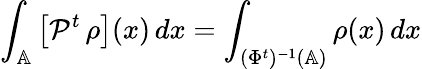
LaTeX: \int_{\mathbb{A}}\left[\mathcal{P}^{t}\, \rho\right](x)\, dx=\int_{(\Phi^{t})^{-1}(\mathbb{A})}\rho(x)\, dx